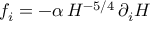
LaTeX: f _ { i } = - \alpha \, H ^ { - 5 / 4 } \, \partial _ { i } H